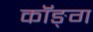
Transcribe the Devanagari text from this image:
कॉङ्‌ग